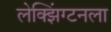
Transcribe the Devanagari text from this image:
लेक्झिंग्टनला